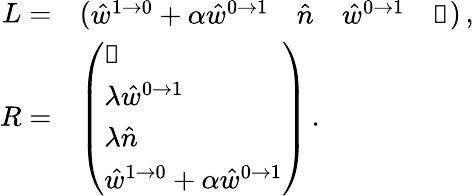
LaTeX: \begin{array}{rl}{L=}&{\left(\begin{array}{llll}{\hat{w}^{1\to 0}+\alpha\hat{w}^{0\to 1}}&{\hat{n}}&{\hat{w}^{0\to 1}}&{\mathbb{1}}\end{array}\right)\, ,}\\ {R=}&{\left(\begin{array}{l}{\mathbb{1}}\\ {\lambda\hat{w}^{0\to 1}}\\ {\lambda\hat{n}}\\ {\hat{w}^{1\to 0}+\alpha\hat{w}^{0\to 1}}\end{array}\right)\, .}\end{array}